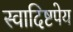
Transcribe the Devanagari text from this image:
स्वादिष्टपेय